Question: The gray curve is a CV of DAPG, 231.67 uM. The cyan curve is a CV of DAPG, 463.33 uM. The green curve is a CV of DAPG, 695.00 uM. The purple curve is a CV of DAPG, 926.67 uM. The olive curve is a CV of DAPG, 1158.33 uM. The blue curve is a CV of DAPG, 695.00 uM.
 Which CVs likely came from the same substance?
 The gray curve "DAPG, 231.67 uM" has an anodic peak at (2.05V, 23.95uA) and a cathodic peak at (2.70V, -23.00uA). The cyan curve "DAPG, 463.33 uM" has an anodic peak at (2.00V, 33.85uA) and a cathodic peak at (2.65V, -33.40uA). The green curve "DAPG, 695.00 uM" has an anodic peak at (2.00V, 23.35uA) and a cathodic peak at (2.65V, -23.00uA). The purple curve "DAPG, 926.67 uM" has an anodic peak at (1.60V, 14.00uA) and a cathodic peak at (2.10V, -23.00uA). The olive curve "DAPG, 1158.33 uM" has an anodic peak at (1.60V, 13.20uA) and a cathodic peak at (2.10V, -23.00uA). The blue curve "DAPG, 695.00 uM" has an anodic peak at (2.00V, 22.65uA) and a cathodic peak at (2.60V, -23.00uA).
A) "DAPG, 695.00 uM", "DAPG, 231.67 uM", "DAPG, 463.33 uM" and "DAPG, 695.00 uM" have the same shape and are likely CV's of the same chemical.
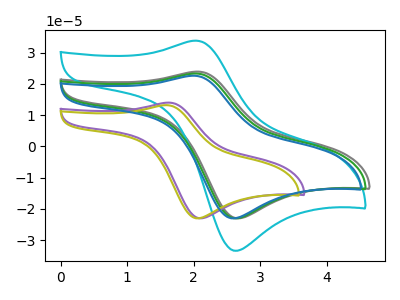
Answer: <think>All the peaks in "DAPG, 231.67 uM" have a peak in "DAPG, 463.33 uM" at the same potential. Every peak in "DAPG, 231.67 uM" is lower than every peak in "DAPG, 463.33 uM". All the peaks in "DAPG, 231.67 uM" have a peak in "DAPG, 695.00 uM" at the same potential. "DAPG, 231.67 uM" and "DAPG, 926.67 uM" have at least one peak that do not match. "DAPG, 231.67 uM" and "DAPG, 1158.33 uM" have at least one peak that do not match. "DAPG, 231.67 uM" and "DAPG, 695.00 uM" have at least one peak that do not match. All the peaks in "DAPG, 463.33 uM" have a peak in "DAPG, 695.00 uM" at the same potential. Every peak in "DAPG, 463.33 uM" is higher than every peak in "DAPG, 695.00 uM". "DAPG, 463.33 uM" and "DAPG, 926.67 uM" have at least one peak that do not match. "DAPG, 463.33 uM" and "DAPG, 1158.33 uM" have at least one peak that do not match. All the peaks in "DAPG, 463.33 uM" have a peak in "DAPG, 695.00 uM" at the same potential. Every peak in "DAPG, 463.33 uM" is higher than every peak in "DAPG, 695.00 uM". "DAPG, 695.00 uM" and "DAPG, 926.67 uM" have at least one peak that do not match. "DAPG, 695.00 uM" and "DAPG, 1158.33 uM" have at least one peak that do not match. All the peaks in "DAPG, 695.00 uM" have a peak in "DAPG, 695.00 uM" at the same potential. All the peaks in "DAPG, 926.67 uM" have a peak in "DAPG, 1158.33 uM" at the same potential. "DAPG, 926.67 uM" and "DAPG, 695.00 uM" have at least one peak that do not match. "DAPG, 1158.33 uM" and "DAPG, 695.00 uM" have at least one peak that do not match.
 </think>
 <answer>A) "DAPG, 695.00 uM", "DAPG, 231.67 uM", "DAPG, 463.33 uM" and "DAPG, 695.00 uM" have the same shape and are likely CV's of the same chemical.</answer>
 <eval>A</eval>